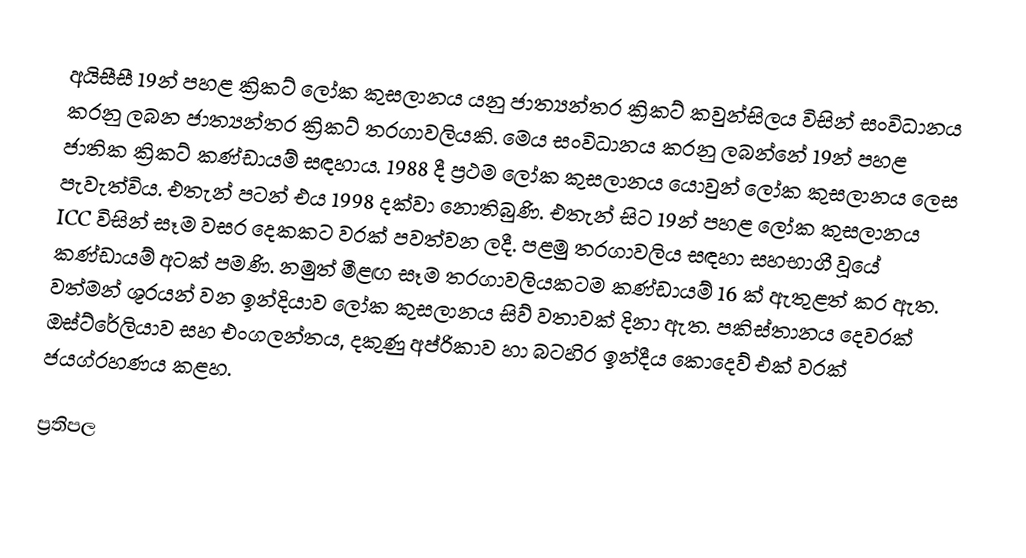
අයිසීසී 19න් පහළ ක්‍රිකට් ලෝක කුසලානය යනු ජාත්‍යන්තර ක්‍රිකට් කවුන්සිලය විසින් සංවිධානය කරනු ලබන ජාත්‍යන්තර ක්‍රිකට් තරගාවලියකි. මෙය සංවිධානය කරනු ලබන්නේ 19න් පහළ ජාතික ක්‍රිකට් කණ්ඩායම් සඳහාය. 1988 දී ප්‍රථම ලෝක කුසලානය යොවුන් ලෝක කුසලානය ලෙස පැවැත්විය. එතැන් පටන් එය 1998 දක්වා නොතිබුණි. එතැන් සිට 19න් පහළ ලෝක කුසලානය ICC විසින් සෑම වසර දෙකකට වරක් පවත්වන ලදී. පළමු තරගාවලිය සඳහා සහභාගී වූයේ කණ්ඩායම් අටක් පමණි. නමුත් මීළඟ සෑම තරගාවලියකටම කණ්ඩායම් 16 ක් ඇතුළත් කර ඇත. වත්මන් ශූරයන් වන ඉන්දියාව ලෝක කුසලානය සිව් වතාවක් දිනා ඇත.  පකිස්තානය දෙවරක් ඔස්ට්රේලියාව සහ එංගලන්තය, දකුණු අප්රිකාව හා බටහිර ඉන්දීය කොදෙව් එක් වරක් ජයග්රහණය කළහ.

ප්‍රතිපල